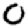
Digit: 0